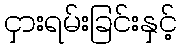
ငှားရမ်းခြင်းနှင့်